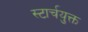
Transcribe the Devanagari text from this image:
स्टार्चयुक्त